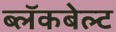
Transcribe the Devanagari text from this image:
ब्लॅकबेल्ट